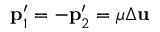
\mathbf { p } _ { 1 } ^ { \prime } = - \mathbf { p } _ { 2 } ^ { \prime } = \mu \Delta \mathbf { u }